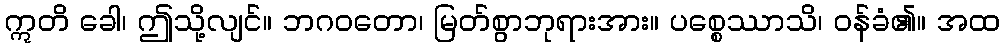
ဣတိ ခေါ၊ ဤသို့လျင်။ ဘဂဝတော၊ မြတ်စွာဘုရားအား။ ပစ္စေဿာသိ၊ ဝန်ခံ၏။ အထ